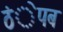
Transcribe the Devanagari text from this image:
ठंेपब